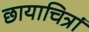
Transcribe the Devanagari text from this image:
छायाचित्रां